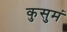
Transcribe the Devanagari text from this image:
कुसुमं